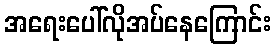
အရေးပေါ်လိုအပ်နေကြောင်း